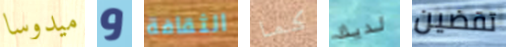
ميدوسا و الثقافة كما لديك تقضين